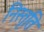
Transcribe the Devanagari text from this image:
निस्तृति